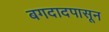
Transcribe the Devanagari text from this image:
बगदादपासून